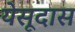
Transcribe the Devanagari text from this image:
येसूदास